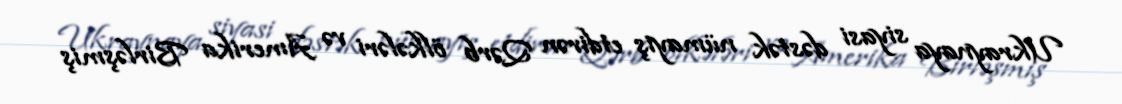
Ukraynaya siyasi dəstək nümayiş etdirən Qərb ölkələri və Amerika Birləşmiş